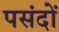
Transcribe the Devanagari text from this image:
पसंदों